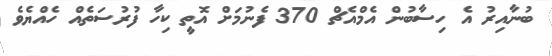
ބުނާއިރު އެ ހިސާބުން އެމްއެޗް 370 ފެނުމަށް އޮތީ ކިހާ ފުރުސަތެއް ހެއްޔެވެ